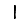
Digit: 1